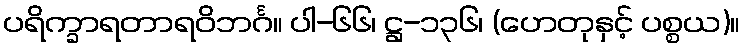
ပရိက္ခာရတာရဝိဘင်္ဂ။ ပါ-၆၆၊ ဋ္ဌ-၁၃၆၊ (ဟေတုနှင့် ပစ္စယ)။